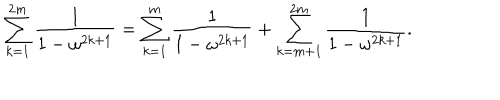
LaTeX: \sum _ { k = 1 } ^ { 2 m } \frac { 1 } { 1 - \omega ^ { 2 k + 1 } } = \sum _ { k = 1 } ^ { m } \frac { 1 } { 1 - \omega ^ { 2 k + 1 } } + \sum _ { k = m + 1 } ^ { 2 m } \frac { 1 } { 1 - \omega ^ { 2 k + 1 } } .